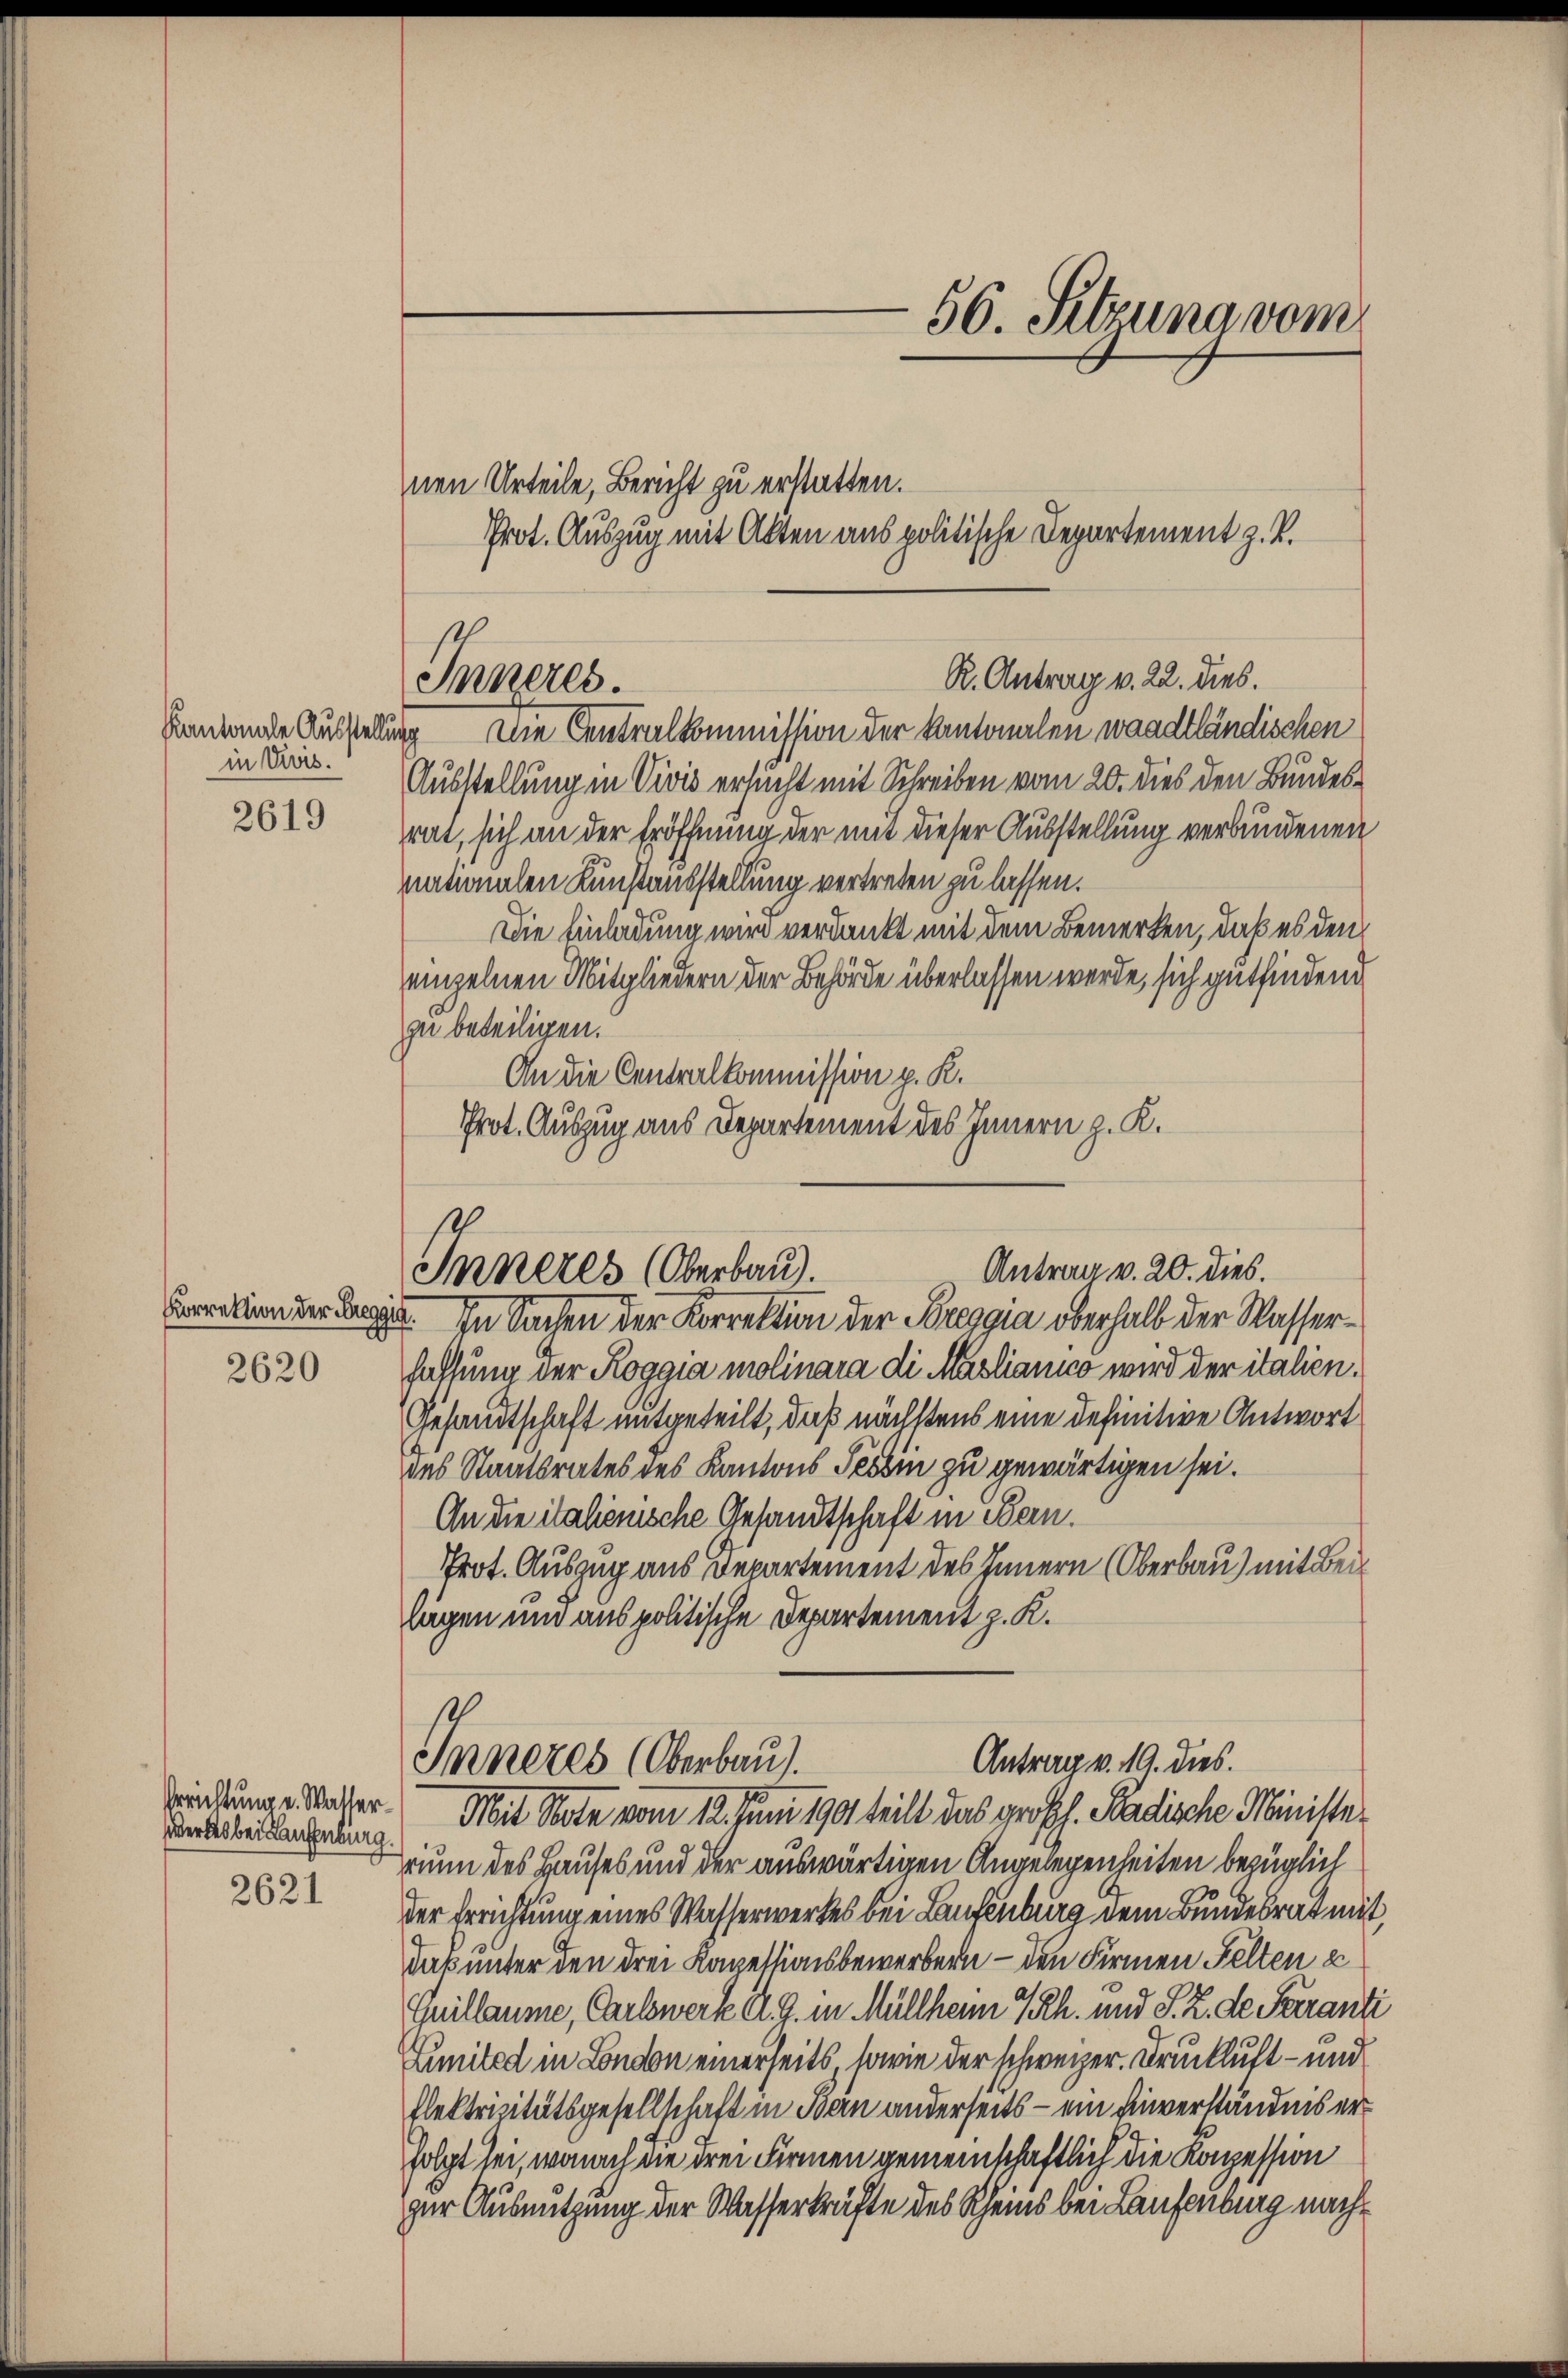
2619

2620

wertes bei Laufenburg.

2621

R. Antrag v. 22. dies.
Inneres.

in Vors.

56. Sitzung vom
nen Urteile, Bericht zu erstatten.
Prot. Auszug mit Akten aus politische Departement z. B.

kautende Ausstellung Die Centralkommission der kantonalen waadtländischen
Ausstellung in Vivis ersucht mit Schreiben vom 20. dies den Bundesrat, sich an der Eröffnung der mit dieser Ausstellung verbundenen
nationalen Kunstausstellung vertreten zu lassen.
Die Einladung wird verdankt mit dem Bemerken, daß es den
einzelnen Mitgliedern der Behörde überlassen werde, sich gutfindend
zu beteiligen.
An die Centralkommission p. K.
Prot. Auszug aus Departement des Innern z. K.

10
Antrag v. 20. dies.
Inneres (Oberbau).

Coralien der Regel. In Sachen der Korrektion der Poreggia oberhalb der Wasserhaffung der Roggia molinara di Maslianico wird der italien.
Gesandtschaft mitgeteilt, daß nächstens eine definitive Antwort
des Staatsrates des Kantons Tessin zu gewärtigen sei.
An die italienische Gesandtschaft in Bern.
Prot. Auszug aus Departement des Innern (Oberbau) mit Beilägen und aus politische Departement z. K.

Antrag v. 19. dies.
Inneres (Oberbau.
rückung. Waser Mit Note vom 12. Juni 1901 teilt das großh. Badische Ministe¬

rium des Hauses und der auswärtigen Angelegenheiten bezüglich
der Errichtung eines Wasserwerkes bei Laufenburg dem Bundesrat mit,
daß unter den drei Kapessionsbewerbern - den Firmen Felten u
Guillaume, Carlswerk A. G. in Müllheim 7 Rh. und S. Z. de Sarranti
Lunited in London einerseits, sowie der schweizer. Druckluft – und
flektrizitätsgesellschaft in Bern anderseits - ein Einverständnis erfolgt sei, wonach die drei Firmen gemeinschaftlich die Konzession
zur Ausnutzung der Wasserkräfte des Scheins bei Laufenburg nach¬